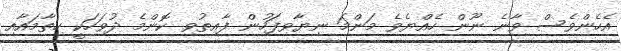
އެހެންވެސް ވާނެ ނޫން ހެއްޔެވެ މަންމަ ނިޔާވިފަހުން ފާއިތުވި ކޮންމެ ދުވަހަކީ ހިތާމައާއި